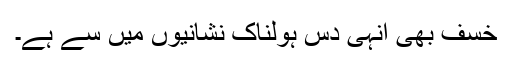
خسف بھی انہی دس ہولناک نشانیوں میں سے ہے۔